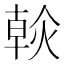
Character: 𤌹